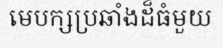
មេបក្សប្រឆាំងដ៏ធំមួយ